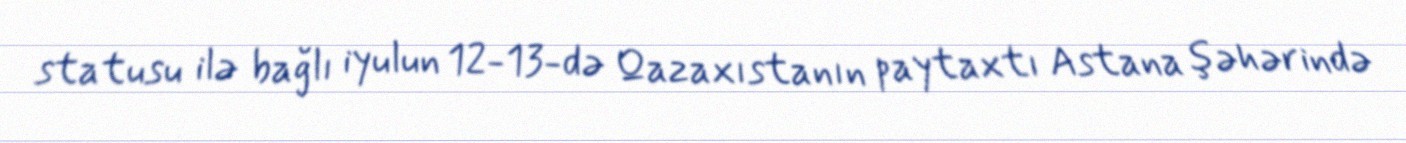
statusu ilə bağlı iyulun 12-13-də Qazaxıstanın paytaxtı Astana şəhərində